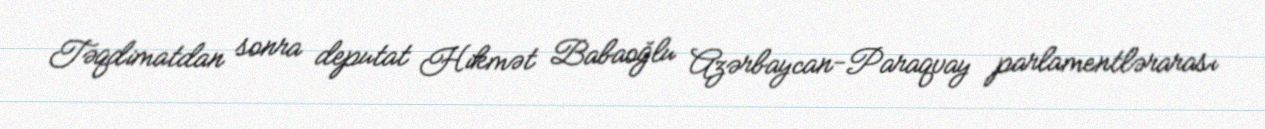
Təqdimatdan sonra deputat Hikmət Babaoğlu Azərbaycan-Paraqvay parlamentlərarası